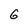
Character: 6